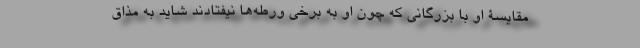
مقایسۀ او با بزرگانی که چون او به برخی ورطه‌ها نیفتادند شاید به مذاق